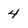
Character: 4